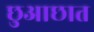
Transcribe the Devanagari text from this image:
छुआछात